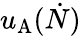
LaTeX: u_{\mathrm{A}}(\dot{N})